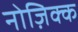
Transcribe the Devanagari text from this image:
नोज़िक्क